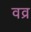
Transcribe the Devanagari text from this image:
वव्र